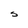
Character: S